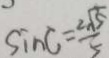
\sin C = \frac { 2 \sqrt { 5 } } { 5 }